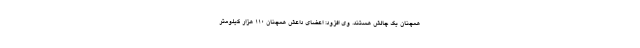
همچنان یک چالش هستند. وی افزود: اعضای داعش همچنان ۱۱۰ هزار کیلومتر